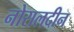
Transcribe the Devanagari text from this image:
नोरालदीन